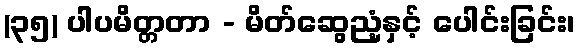
(၃၅) ပါပမိတ္တတာ - မိတ်ဆွေညံ့နှင့် ပေါင်းခြင်း၊